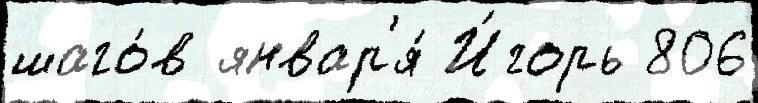
шаго́в январ'я́ И́горь 806